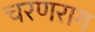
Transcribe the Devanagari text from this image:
चरणराग